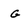
Character: G